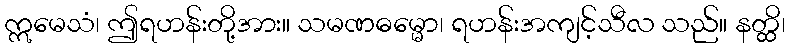
ဣမေသံ၊ ဤရဟန်းတို့အား။ သမဏဓမ္မော၊ ရဟန်းအကျင့်သီလ သည်။ နတ္ထိ၊